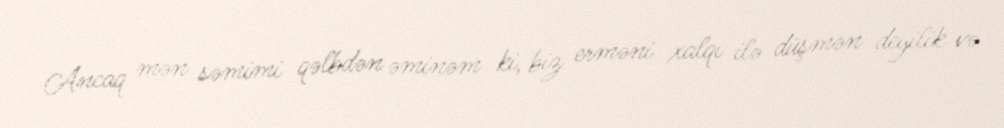
Ancaq mən səmimi qəlbdən əminəm ki, biz erməni xalqı ilə düşmən deyilik və